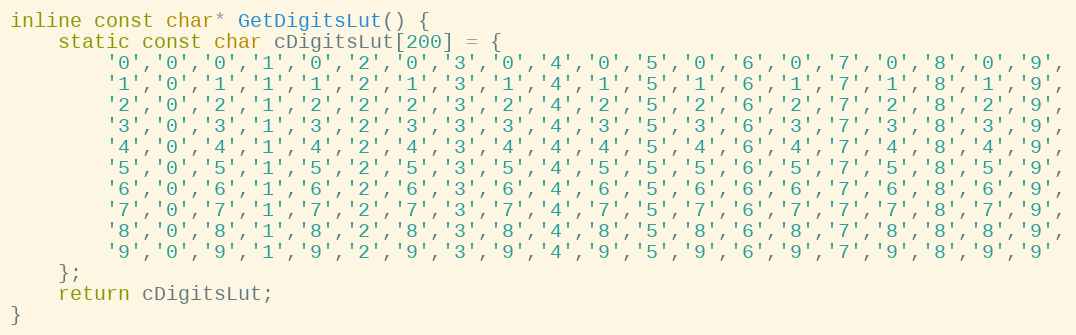
Language: C
inline const char* GetDigitsLut() {
    static const char cDigitsLut[200] = {
        '0','0','0','1','0','2','0','3','0','4','0','5','0','6','0','7','0','8','0','9',
        '1','0','1','1','1','2','1','3','1','4','1','5','1','6','1','7','1','8','1','9',
        '2','0','2','1','2','2','2','3','2','4','2','5','2','6','2','7','2','8','2','9',
        '3','0','3','1','3','2','3','3','3','4','3','5','3','6','3','7','3','8','3','9',
        '4','0','4','1','4','2','4','3','4','4','4','5','4','6','4','7','4','8','4','9',
        '5','0','5','1','5','2','5','3','5','4','5','5','5','6','5','7','5','8','5','9',
        '6','0','6','1','6','2','6','3','6','4','6','5','6','6','6','7','6','8','6','9',
        '7','0','7','1','7','2','7','3','7','4','7','5','7','6','7','7','7','8','7','9',
        '8','0','8','1','8','2','8','3','8','4','8','5','8','6','8','7','8','8','8','9',
        '9','0','9','1','9','2','9','3','9','4','9','5','9','6','9','7','9','8','9','9'
    };
    return cDigitsLut;
}